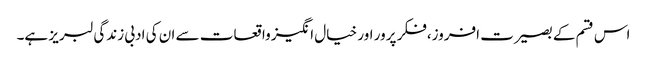
اس قسم کے بصیرت افروز،فکر پرور اور خیال انگیز واقعات سے ان کی ادبی زندگی لبریز ہے۔